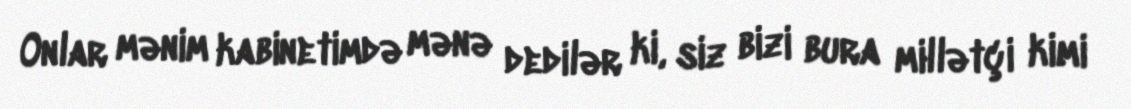
Onlar mənim kabinetimdə mənə dedilər ki, siz bizi bura millətçi kimi